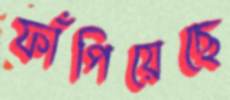
ফাঁপিয়েছে